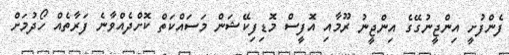
ފެންފުށީ އިންޖީނުގޭގެ އިންޖީނު ރޫމާއި އޮފީސް މޮޑިފިކޭޝަން މަސައްކަތް ކޮށްދެއްވާނެ ފަރާތެއް ހޯދުމަށް